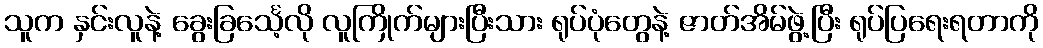
သူက နှင်းလူနဲ့ ခွေးခြင်္သေ့လို လူကြိုက်များပြီးသား ရုပ်ပုံတွေနဲ့ ဇာတ်အိမ်ဖွဲ့ပြီး ရုပ်ပြရေးရတာကို